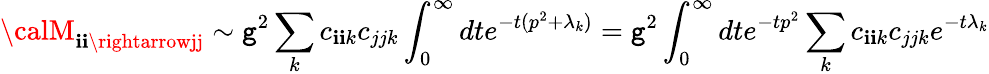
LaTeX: {\calM}_{\mathbf{i}\mathbf{i}\rightarrowjj}\sim\mathtt{g}^{2}\sum_{k}c_{\mathbf{i}\mathbf{i}k}c_{jjk}\int_{0}^{\infty}dte^{-t(p^{2}+\lambda_{k})}=\mathtt{g}^{2}\int_{0}^{\infty}dte^{-tp^{2}}\sum_{k}c_{\mathbf{i}\mathbf{i}k}c_{jjk}e^{-t\lambda_{k}}